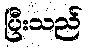
ပြီးသည်